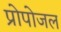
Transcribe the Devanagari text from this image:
प्रोपोजल